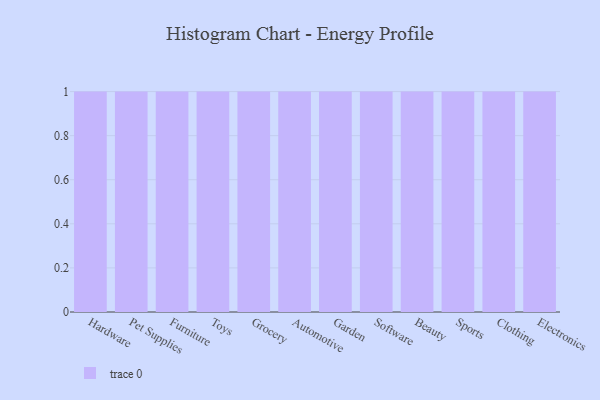
{"axis": {"x": "Category", "y": "Population (Million)"}, "legend": [""], "data": [{"x": "Hardware", "y": 34, "type": ""}, {"x": "Pet Supplies", "y": 31, "type": ""}, {"x": "Furniture", "y": 51, "type": ""}, {"x": "Toys", "y": 18, "type": ""}, {"x": "Grocery", "y": 54, "type": ""}, {"x": "Automotive", "y": 86, "type": ""}, {"x": "Garden", "y": 55, "type": ""}, {"x": "Software", "y": 83, "type": ""}, {"x": "Beauty", "y": 27, "type": ""}, {"x": "Sports", "y": 46, "type": ""}, {"x": "Clothing", "y": 80, "type": ""}, {"x": "Electronics", "y": 97, "type": ""}]}